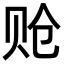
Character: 𬥳